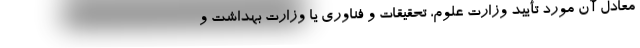
معادل آن مورد تأیید وزارت علوم، تحقیقات و فناوری یا وزارت بهداشت و